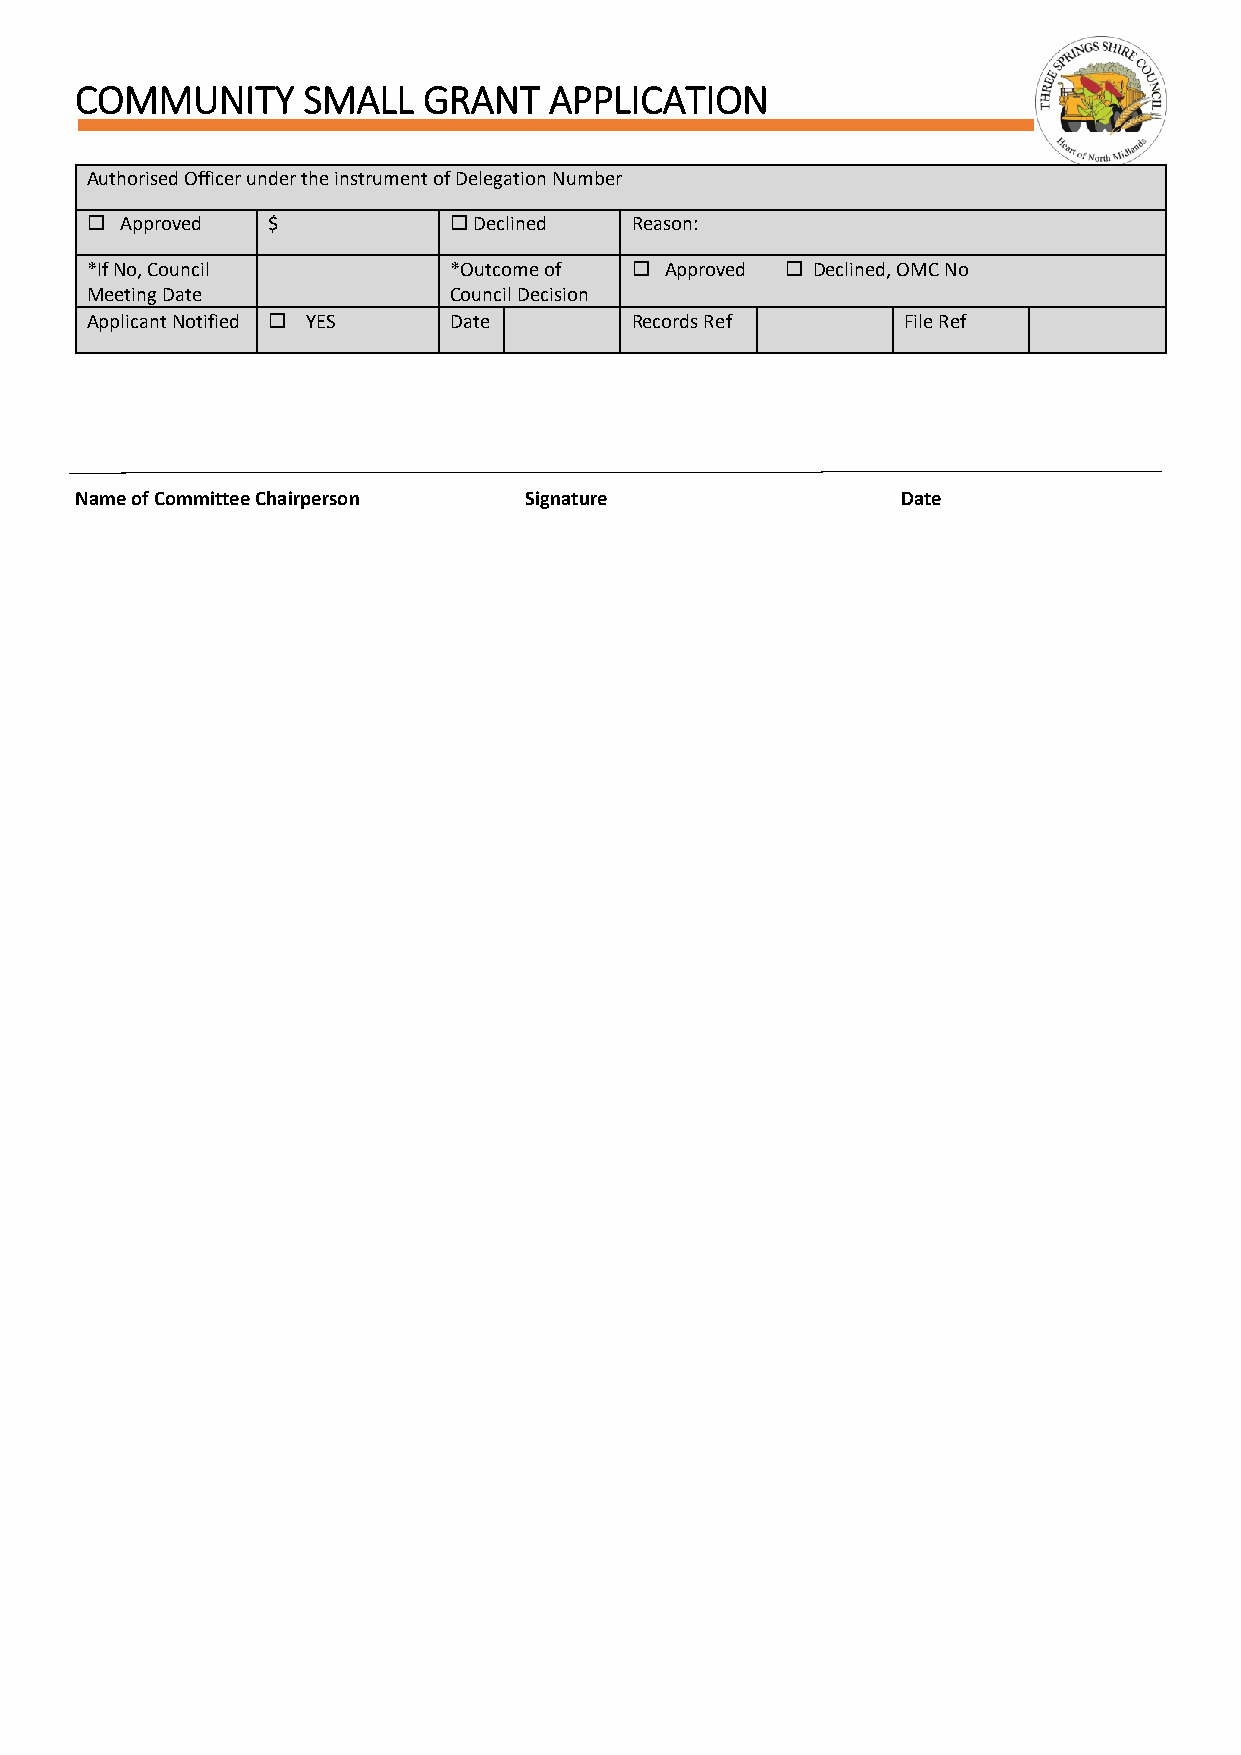
COMMUNITY      SMALL   GRANT   APPLICATION
 Authorised Officer under the instrument of Delegation Number
  Approved  $            Declined  Reason:
 *If No, Council         *Outcome of  Approved  Declined, OMC No
 Meeting Date            Council Decision
 Applicant Notified  YES Date       Records Ref       File Ref
 Name of Committee Chairperson Signature                Date